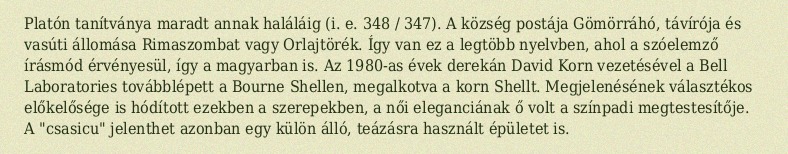
Platón tanítványa maradt annak haláláig (i. e. 348 / 347). A község postája Gömörráhó, távírója és vasúti állomása Rimaszombat vagy Orlajtörék. Így van ez a legtöbb nyelvben, ahol a szóelemző írásmód érvényesül, így a magyarban is. Az 1980-as évek derekán David Korn vezetésével a Bell Laboratories továbblépett a Bourne Shellen, megalkotva a korn Shellt. Megjelenésének választékos előkelősége is hódított ezekben a szerepekben, a női eleganciának ő volt a színpadi megtestesítője. A "csasicu" jelenthet azonban egy külön álló, teázásra használt épületet is.